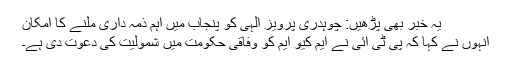
یہ خبر بھی پڑھیں: چوہدری پرویز الہیٰ کو پنجاب میں اہم ذمہ داری ملنے کا امکان
انہوں نے کہا کہ پی ٹی آئی نے ایم کیو ایم کو وفاقی حکومت میں شمولیت کی دعوت دی ہے۔